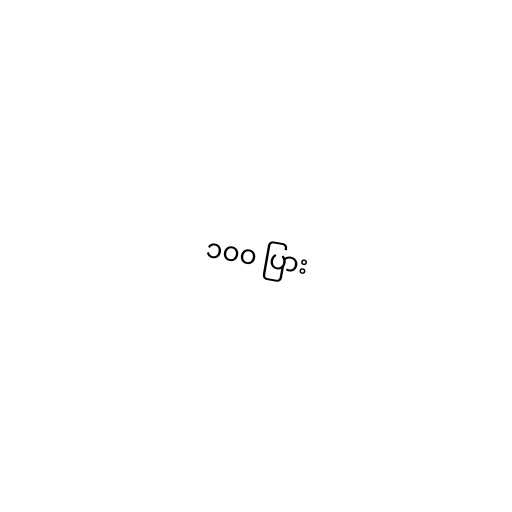
၁၀၀ ပြား